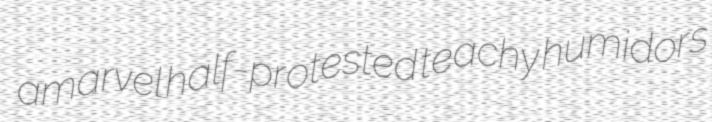
amarvel half-protested teachy humidors